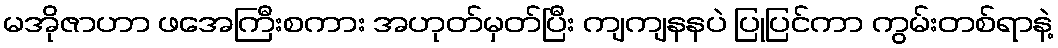
မအိုဇာဟာ ဖအေကြီးစကား အဟုတ်မှတ်ပြီး ကျကျနနပဲ ပြုပြင်ကာ ကွမ်းတစ်ရာနဲ့